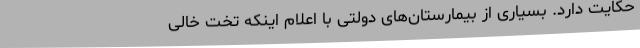
حکایت دارد. بسیاری از بیمارستان‌های دولتی با اعلام اینکه تخت خالی